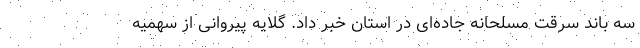
سه باند سرقت مسلحانه جاده‌ای در استان خبر داد. گلایه پیروانی از سهمیه